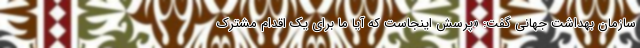
سازمان بهداشت جهانی گفت: «پرسش اینجاست که آیا ما برای یک اقدام مشترک